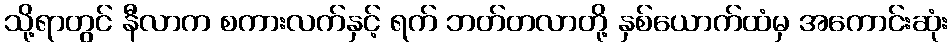
သို့ရာတွင် နီလာက စကားလက်နှင့် ရက် ဘတ်တလာတို့ နှစ်ယောက်ထံမှ အကောင်းဆုံး